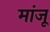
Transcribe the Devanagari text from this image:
मांजू